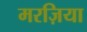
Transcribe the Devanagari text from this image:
मरज़िया